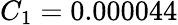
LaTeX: C_{1}=0.000044